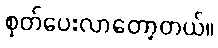
စုတ်ပေးလာတော့တယ်။